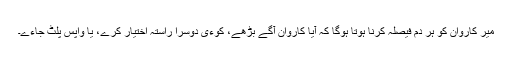
میر کاروان کو ہر دم فیصلہ کرنا ہوتا ہوگا کہ آیا کاروان آگے بڑھے، کوءی دوسرا راستہ اختیار کرے، یا واپس پلٹ جاءے۔